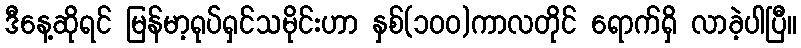
ဒီနေ့ဆိုရင် မြန်မာ့ရုပ်ရှင်သမိုင်းဟာ နှစ်(၁၀၀)ကာလတိုင် ရောက်ရှိ လာခဲ့ပါပြီ။